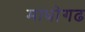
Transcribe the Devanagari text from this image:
माधोगढ